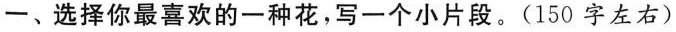
一、选择你最喜欢的一种花，写一个小片段。(150字左右)